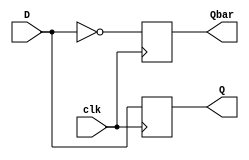
/*************************************************
* Behavioral code for D Flip Flop
* Shanthanu S Rai(17CO242) and Varun Pattar(17CO249)
* October 14, 2018
*************************************************/

module D_FF(D,clk,Q,Qbar);

input D,clk;
output Q,Qbar;

reg Q,Qbar;

always @ (posedge clk) begin
	Q <= D;
	Qbar <= ~D;
end

endmodule